Black-water fever - Number 35
Disease focus: Fever
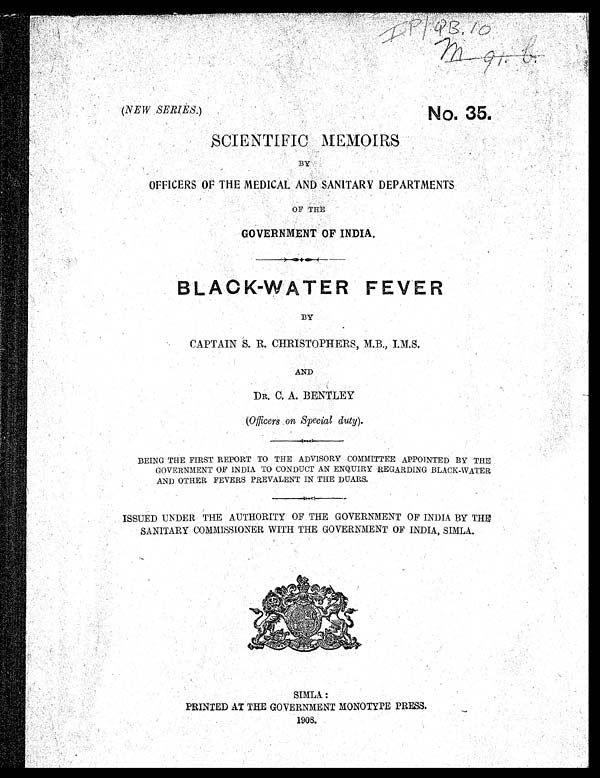
I P / Q B . 1 0
m . 9 1 . b .
(
N E W S E R I E S
. ) N o . 3 5 .
SCIENTIFIC MEMOIRS
BY
OFFICERS OF THE MEDICAL AND SANITARY DEPARTMENTS
OF THE
GOVERNMENT OF INDIA.
B L A C K - W A T E R F E V E R
BY
CAPTAIN S. R. CHRISTOPHERS, M.B., I.M.S.
AND
DR. C. A. BENTLEY
(Officers on Special duty ).
BEING THE FIRST REPORT TO THE ADVISORY COMMITTEE APPOINTED BY THE
GOVERNMENT OF INDIA TO CONDUCT AN ENQUIRY REGARDING BLACK-WATER
AND OTHER FEVERS PREVALENT IN THE DUARS.
ISSUED UNDER THE AUTHORITY OF THE GOVERNMENT OF INDIA BY THE
SANITARY COMMISSIONER WITH THE GOVERNMENT OF INDIA, SIMLA.
SIMLA:
PRINTED AT THE GOVERNMENT MONOTYPE PRESS.
1908.